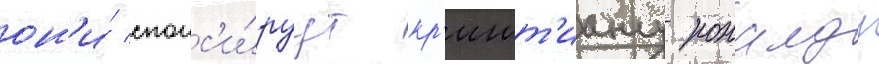
он'и́ спонс'и́руут кр'ишт'иану роналду